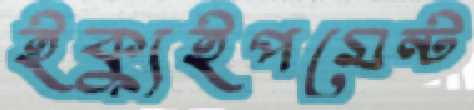
ইক্যুইপমেন্ট